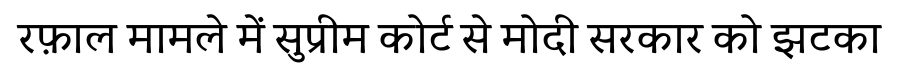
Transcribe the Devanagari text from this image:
रफ़ाल मामले में सुप्रीम कोर्ट से मोदी सरकार को झटका